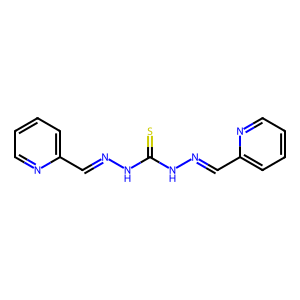
SMILES: S=C(NN=Cc1ccccn1)NN=Cc1ccccn1
Inhibits HIV replication: No